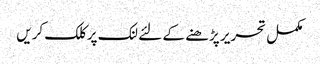
مکمل تحریر پڑھنے کے لئے لنک پر کلک کریں